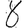
Digit: 8